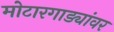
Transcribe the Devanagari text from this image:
मोटारगाड्यांवर